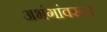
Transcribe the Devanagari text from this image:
अभंगांवरून